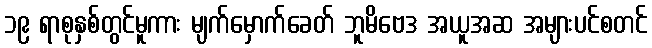
၁၉ ရာစုနှစ်တွင်မူကား မျက်မှောက်ခေတ် ဘူမိဗေဒ အယူအဆ အများပင်စတင်